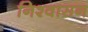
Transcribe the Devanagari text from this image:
निश्वासन